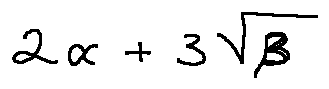
2 \alpha + 3 \sqrt { \beta }